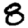
Digit: 8